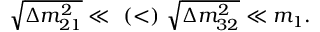
\sqrt { \Delta m _ { 2 1 } ^ { 2 } } \ll ~ ( < ) ~ \sqrt { \Delta m _ { 3 2 } ^ { 2 } } \ll m _ { 1 } .